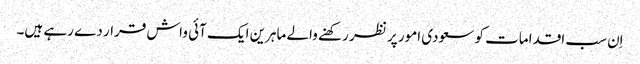
اِن سب اقدامات کو سعودی امور پر نظر رکھنے والے ماہرین ایک آئی واش قرار دے رہے ہیں۔